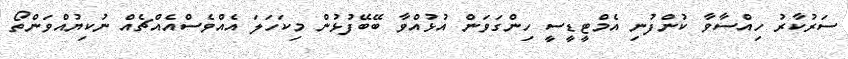
ސަރުކާރު ހިއްސާވާ ކުންފުނި އެމްޓީޑީސީ ހިންގަވަން އުޅުއްވާ ބޭބޭފުޅުން މިކަހަލަ އެއްވެސްއެއްޗެއް ނުކިޔުއްވަންތޯ